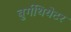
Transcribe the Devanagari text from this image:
बुर्गथियेटर